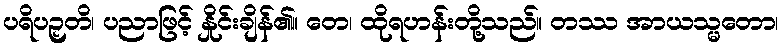
ပရိပဉှတိ၊ ပညာဖြင့် နှိုင်းချိန်၏။ တေ၊ ထိုရဟန်းတို့သည်။ တဿ အာယသ္မတော၊